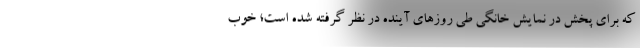
که برای پخش در نمایش خانگی طی روزهای آینده در نظر گرفته شده است؛ خوب